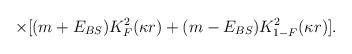
\begin{align*}\times[(m +E_{{BS}})K^{2}_{F}(\kappa r) + (m - E_{{BS}})K^{2}_{1-F}(\kappa r)].\end{align*}